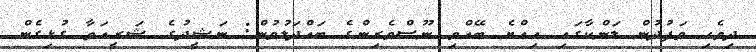
ދިވެހި ވަފުދުން ލަންކާގައި އިއްޔެ ބޭއްވި ނޫސްވެރިންގެ ބައްދަލުވުން: ނަޝީދުގެ ޝަރީއަތާ ގުޅިގެން